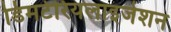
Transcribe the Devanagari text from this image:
डिमटेरियलाइजेशन